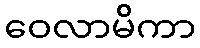
ဝေလာမိကာ